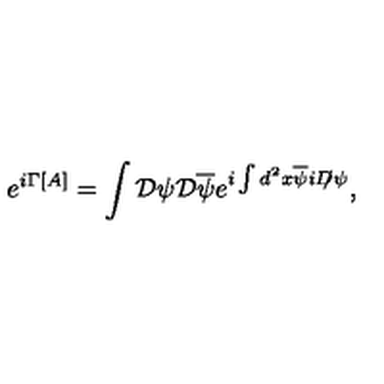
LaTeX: e ^ { i \Gamma [ A ] } = \int { \cal D } \psi { \cal D } \overline { \psi } e ^ { i \int d ^ { 2 } x \overline { \psi } i D \! \! \! / \psi } ,